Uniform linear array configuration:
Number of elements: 24
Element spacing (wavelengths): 1
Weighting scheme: binomial
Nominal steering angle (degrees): -60
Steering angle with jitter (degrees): -58.467
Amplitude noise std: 0.05
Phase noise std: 0.05

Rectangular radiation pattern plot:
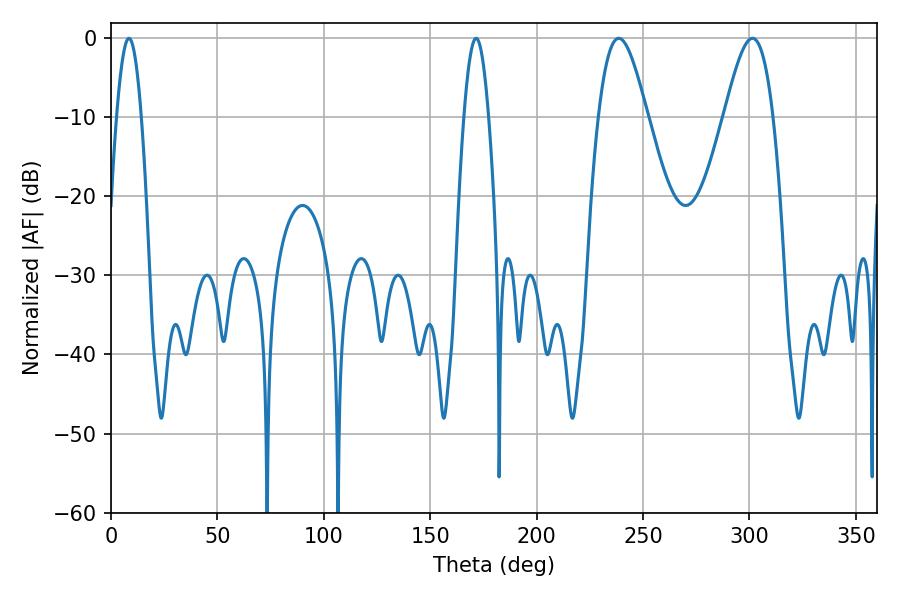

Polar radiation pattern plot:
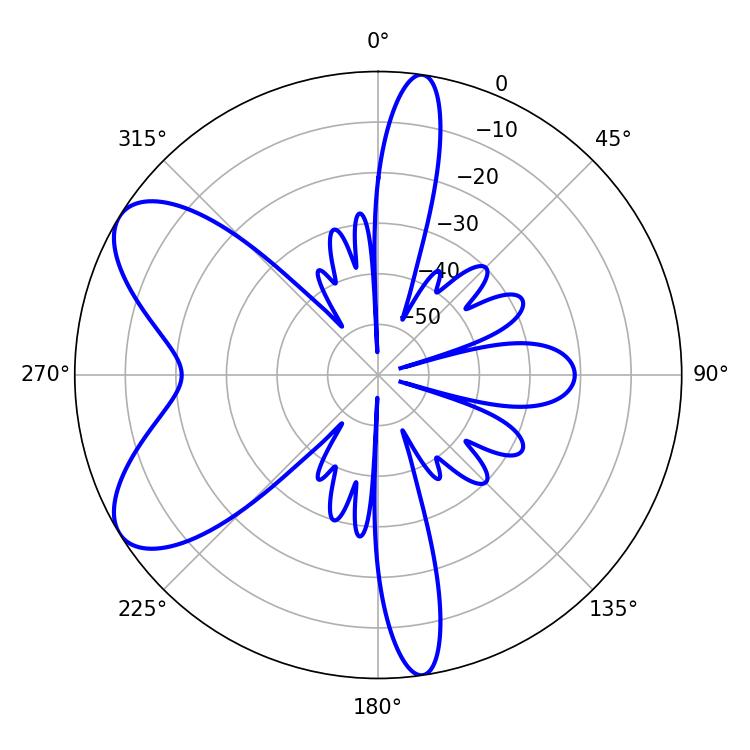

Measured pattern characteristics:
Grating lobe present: TRUE
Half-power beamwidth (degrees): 6.3
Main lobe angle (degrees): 8.46